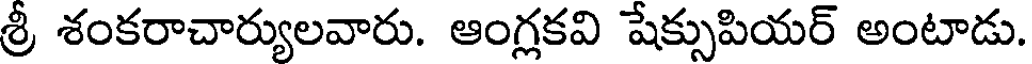
శ్రీ శంకరాచార్యులవారు. ఆంగ్లకవి షేక్సుపియర్ అంటాడు.